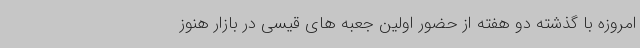
امروزه با گذشته دو هفته از حضور اولین جعبه های قیسی در بازار هنوز